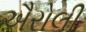
ઐરોલી